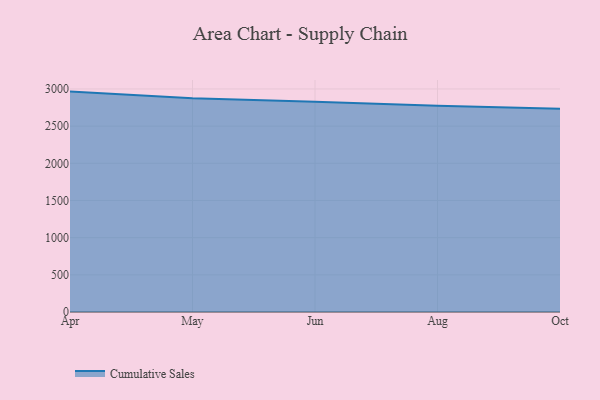
{"axis": {"x": "Month", "y": "Shipments"}, "legend": ["Cumulative Sales"], "data": [{"x": "Apr", "y": 2964.5, "type": "Cumulative Sales"}, {"x": "May", "y": 2874.8, "type": "Cumulative Sales"}, {"x": "Jun", "y": 2827.4, "type": "Cumulative Sales"}, {"x": "Aug", "y": 2773.0, "type": "Cumulative Sales"}, {"x": "Oct", "y": 2734.9, "type": "Cumulative Sales"}]}